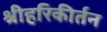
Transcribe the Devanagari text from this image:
श्रीहरिकीर्तन